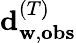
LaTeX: \mathbf{d}_{\mathbf{w},\mathbf{obs}}^{(T)}